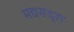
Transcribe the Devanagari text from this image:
मद्यसदृश